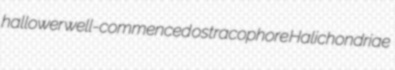
hallower well-commenced ostracophore Halichondriae